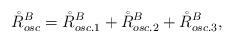
LaTeX: \begin{align*}\mathring{R}_{osc}^B = \mathring{R}^B_{osc.1} + \mathring{R}^B_{osc.2}+\mathring{R}^B_{osc.3},\end{align*}